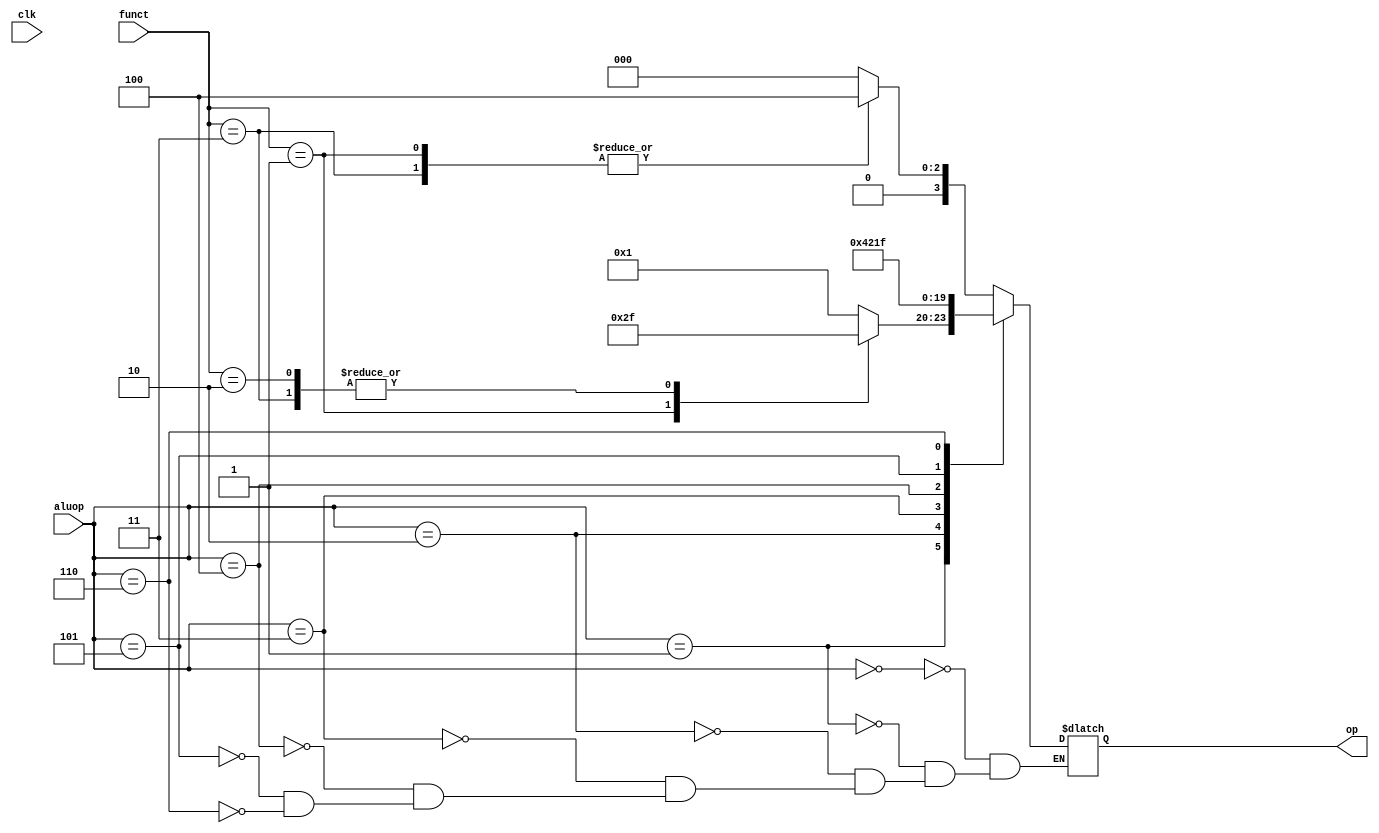
`timescale 1ns / 1ps
//////////////////////////////////////////////////////////////////////////////////
// Company: 
// Engineer: 
// 
// Design Name: 
// Module Name:    alucontroller 
// Project Name: 
// Target Devices: 
// Tool versions: 
// Description: 
//
// Dependencies: 
//
// Revision: 
// Revision 0.01 - File Created
// Additional Comments: 
//
//////////////////////////////////////////////////////////////////////////////////
module alucontroller(aluop, funct, clk, op);
	input [2:0] aluop;
	input [1:0] funct;
	input clk; 
	output reg [3:0] op;
	
	always @(clk) begin
    case(aluop)
        3'b000: 
            case(funct)
                2'b00: 
                    op = 4'b0000;   //add 
                2'b01: 
                    op = 4'b0100;   //subtact
                2'b10: 
                    op = 4'b0000;   //add
                2'b11: 
                    op = 4'b0100;  //sub
            endcase
         3'b001: 
            case(funct)
                2'b00: 
                    op = 4'b0001;   //and 
                2'b01: 
                    op = 4'b0010;   //or
                2'b10: 
                    op = 4'b1111;   //slt
                2'b11: 
                    op = 4'b1111;  //slt
             endcase
           3'b010:
               op = 4'b0000;     //add
           3'b011: 
               op = 4'b0100;     //subtract
           3'b100: 
                op = 4'b0010;    //or
           3'b101: 
                op = 4'b0001;    //and 
           3'b110: 
                op = 4'b1111;  //slt
    endcase

end 

endmodule